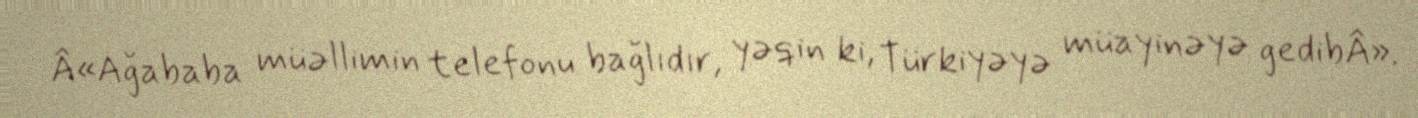
Â«Ağababa müəllimin telefonu bağlıdır, yəqin ki, Türkiyəyə müayinəyə gedibÂ».